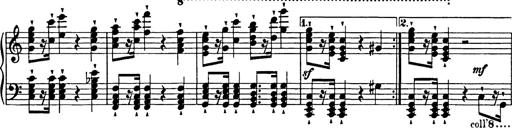
Title: Festmarsch zur SÃ¤cularfeier von Goethes Geburtstag
Composer: Franz Liszt